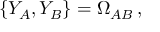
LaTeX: \{ Y _ { A } , Y _ { B } \} = \Omega _ { A B } \, ,